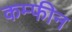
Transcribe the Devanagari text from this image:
कम्फीन